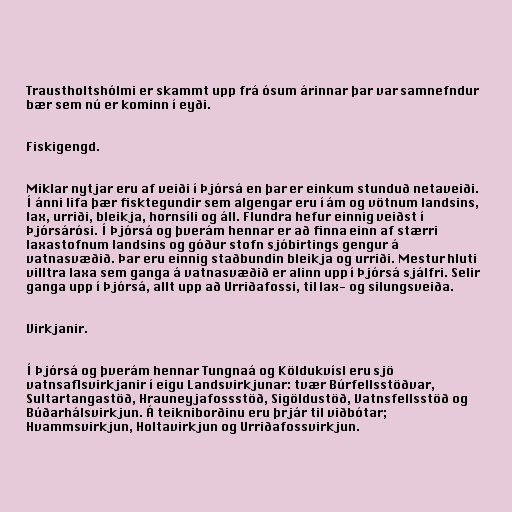
Traustholtshólmi er skammt upp frá ósum árinnar þar var samnefndur
bær sem nú er kominn í eyði.

Fiskigengd.

Miklar nytjar eru af veiði í Þjórsá en þar er einkum stunduð netaveiði.
Í ánni lifa þær fisktegundir sem algengar eru í ám og vötnum landsins,
lax, urriði, bleikja, hornsíli og áll. Flundra hefur einnig veiðst í
Þjórsárósi. Í Þjórsá og þverám hennar er að finna einn af stærri
laxastofnum landsins og góður stofn sjóbirtings gengur á
vatnasvæðið. Þar eru einnig staðbundin bleikja og urriði. Mestur hluti
villtra laxa sem ganga á vatnasvæðið er alinn upp í Þjórsá sjálfri. Selir
ganga upp í Þjórsá, allt upp að Urriðafossi, til lax- og silungsveiða.

Virkjanir.

Í Þjórsá og þverám hennar Tungnaá og Köldukvísl eru sjö
vatnsaflsvirkjanir í eigu Landsvirkjunar: tvær Búrfellsstöðvar,
Sultartangastöð, Hrauneyjafossstöð, Sigöldustöð, Vatnsfellsstöð og
Búðarhálsvirkjun. Á teikniborðinu eru þrjár til viðbótar;
Hvammsvirkjun, Holtavirkjun og Urriðafossvirkjun.